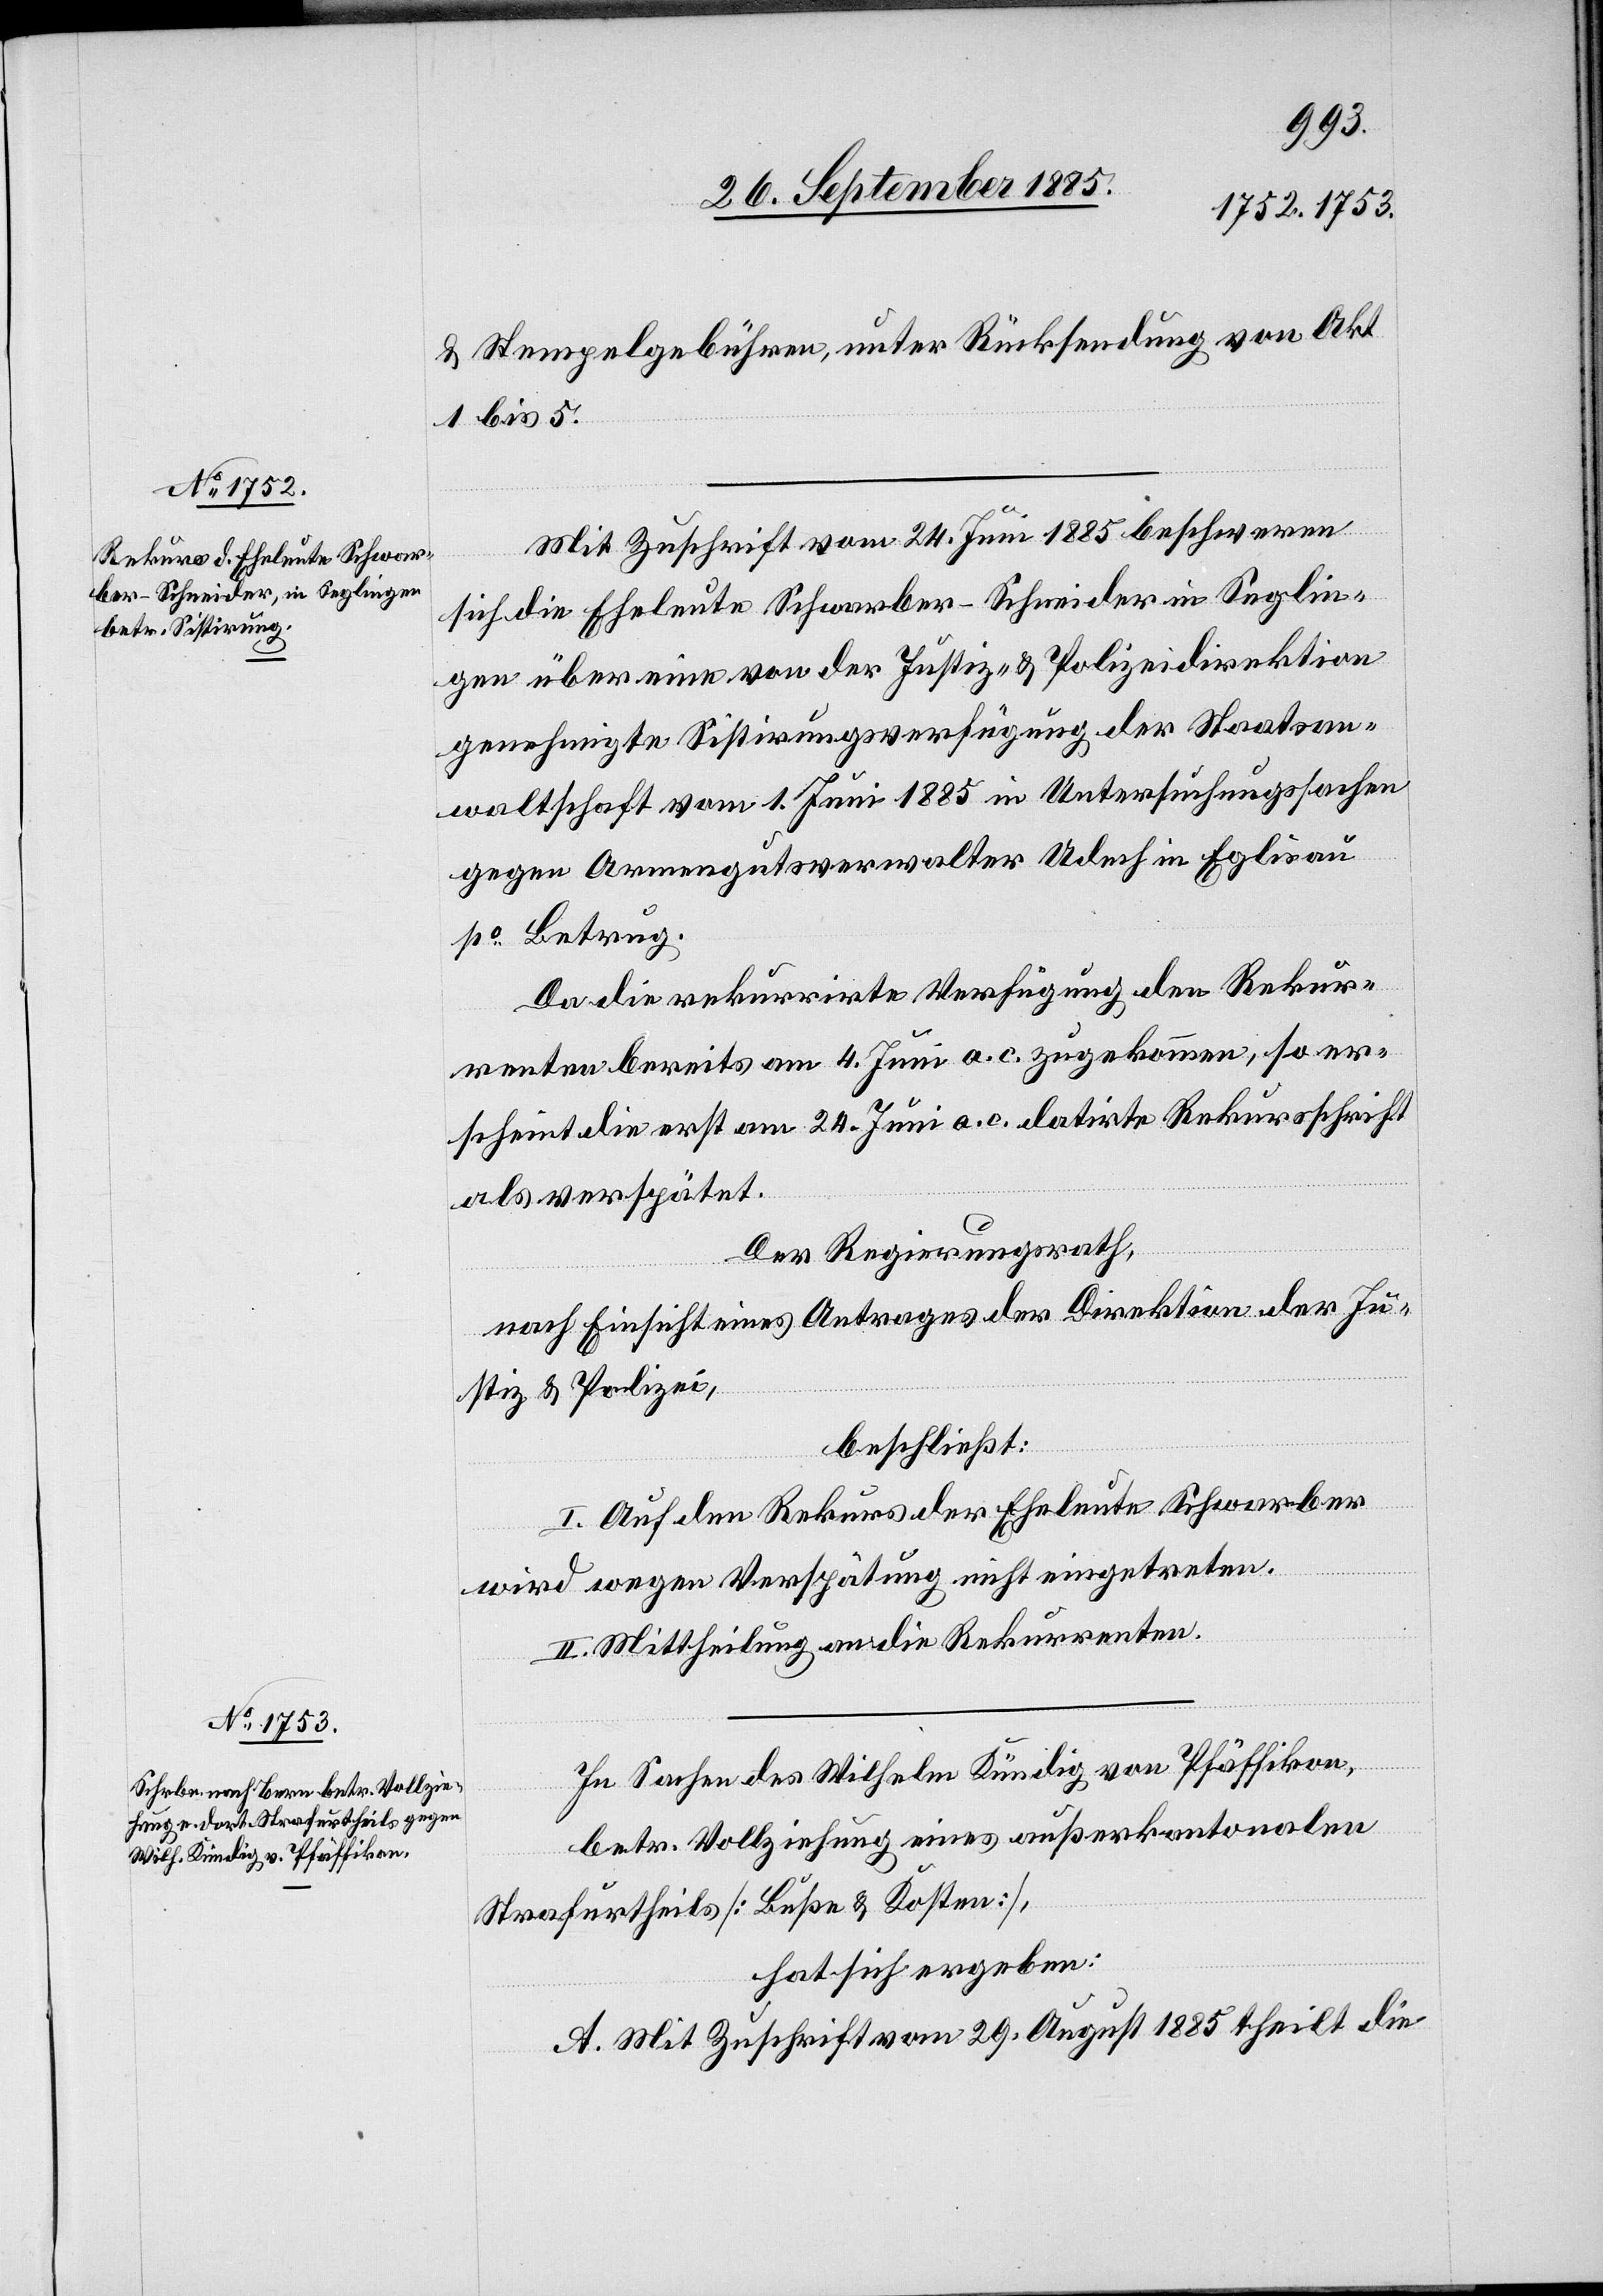
& Stempelgebühren, unter Rücksendung von Akt.
1 bis 5.
Mit Zuschrift vom 24. Juni 1885 beschweren
sich die Eheleute Schwarber-Schneider in Seglin¬
gen über eine von der Justiz- & Polizeidirektion
genehmigte Sistirungsverfügung der Staatsan¬
waltschaft vom 1. Juni 1885 in Untersuchungssachen
gegen Armengutsverwalter Udech in Eglisau
po Betrug.
Da die rekurrirte Verfügung den Rekur¬
renten bereits am 4. Juni a. c. zugekommen, so er¬
scheint die erst am 24. Juni a. c. datirte Rekursschrift
als verspätet.
Der Regierungsrath,
nach Einsicht eines Antrages der Direktion der Ju¬
stiz & Polizei,
beschließt:
I. Auf den Rekurs der Eheleute Schwarber
wird wegen Verspätung nicht eingetreten.
II. Mittheilung an die Rekurrenten.
In Sachen des Wilhelm Kündig von Pfäffikon,
betr. Vollziehung eines außerkantonalen
Strafurtheils [Buße & Kosten],
hat sich ergeben:
A. Mit Zuschrift vom 29. August 1885 theilt die